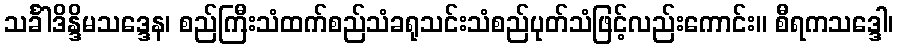
သင်္ခါဒိန္ဒိမသဒ္ဒေန၊ စည်ကြီးသံထက်စည်သံခရုသင်းသံစည်ပုတ်သံဖြင့်လည်းကောင်း။ စီရကသဒ္ဒေါ၊